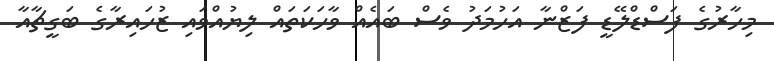
މިހާރުގެ ފަސްޑްލޭޑީ ފަޒްނާ އަހުމަދު ވެސް ބައެއް ވާހަކަތައް ލިޔުއްވައި ޒުހައިރާގެ ބަގީޗާއާ